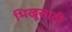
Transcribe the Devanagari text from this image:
भिखूसाठी